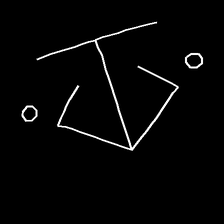
Glyph: earth